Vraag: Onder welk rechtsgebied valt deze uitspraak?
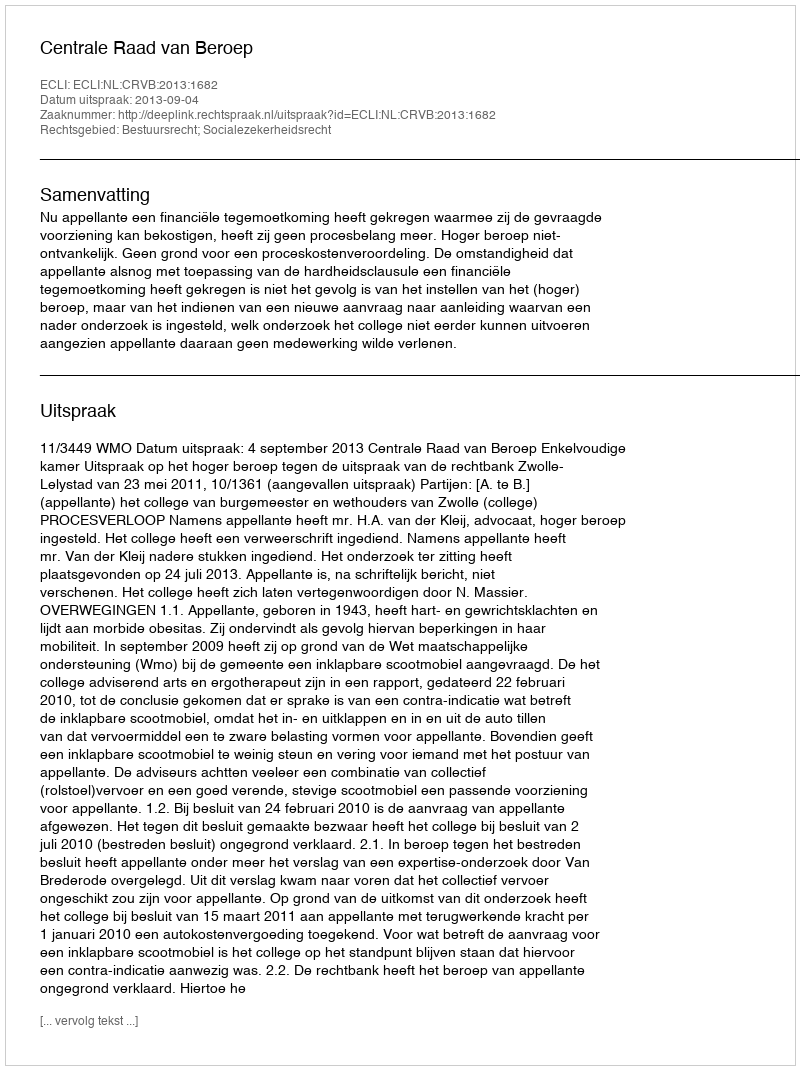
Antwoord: Bestuursrecht; Socialezekerheidsrecht